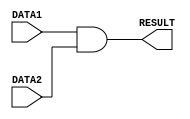
module AND(DATA1, DATA2, RESULT);
    input[7:0] DATA1, DATA2;    //8 bit input data
    output[7:0] RESULT;         //8 bit output data

    // reg RESULT;             //Store the result in register
    // always @(DATA1,DATA2) begin
    //     #1
    //     RESULT=DATA1&DATA2;
    // end

    assign #1 RESULT = DATA1 & DATA2;

endmodule